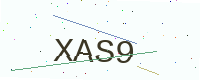
Text: XAS9